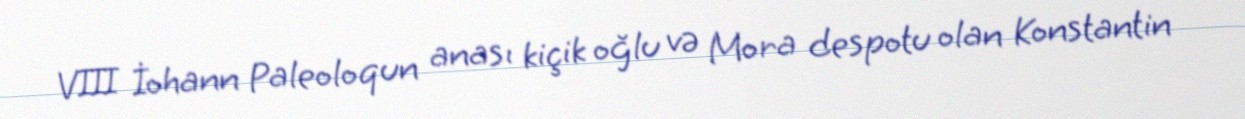
VIII İohann Paleoloqun anası kiçik oğlu və Mora despotu olan Konstantin